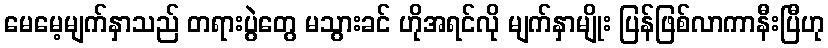
မေမေ့မျက်နှာသည် တရားပွဲတွေ မသွားခင် ဟိုအရင်လို မျက်နှာမျိုး ပြန်ဖြစ်လာကာနီးပြီဟု